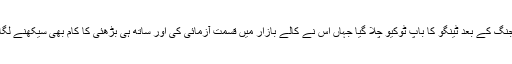
جنگ کے بعد ٹینگو کا باپ ٹوکیو چلا گیا جہاں اس نے کالے بازار میں قسمت آزمائی کی اور ساتھ ہی بڑھئی کا کام بھی سیکھنے لگا۔